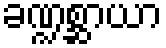
ခဏ္ဍစ္ဆာယာ